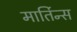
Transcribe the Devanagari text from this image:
मार्तिन्स